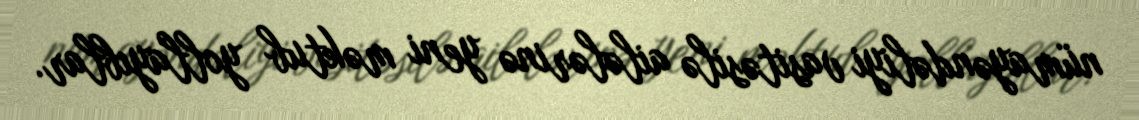
nümayəndəliyi vasitəsilə ailələrinə yeni məktub yollayıblar.